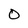
Character: 0